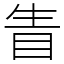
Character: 眚